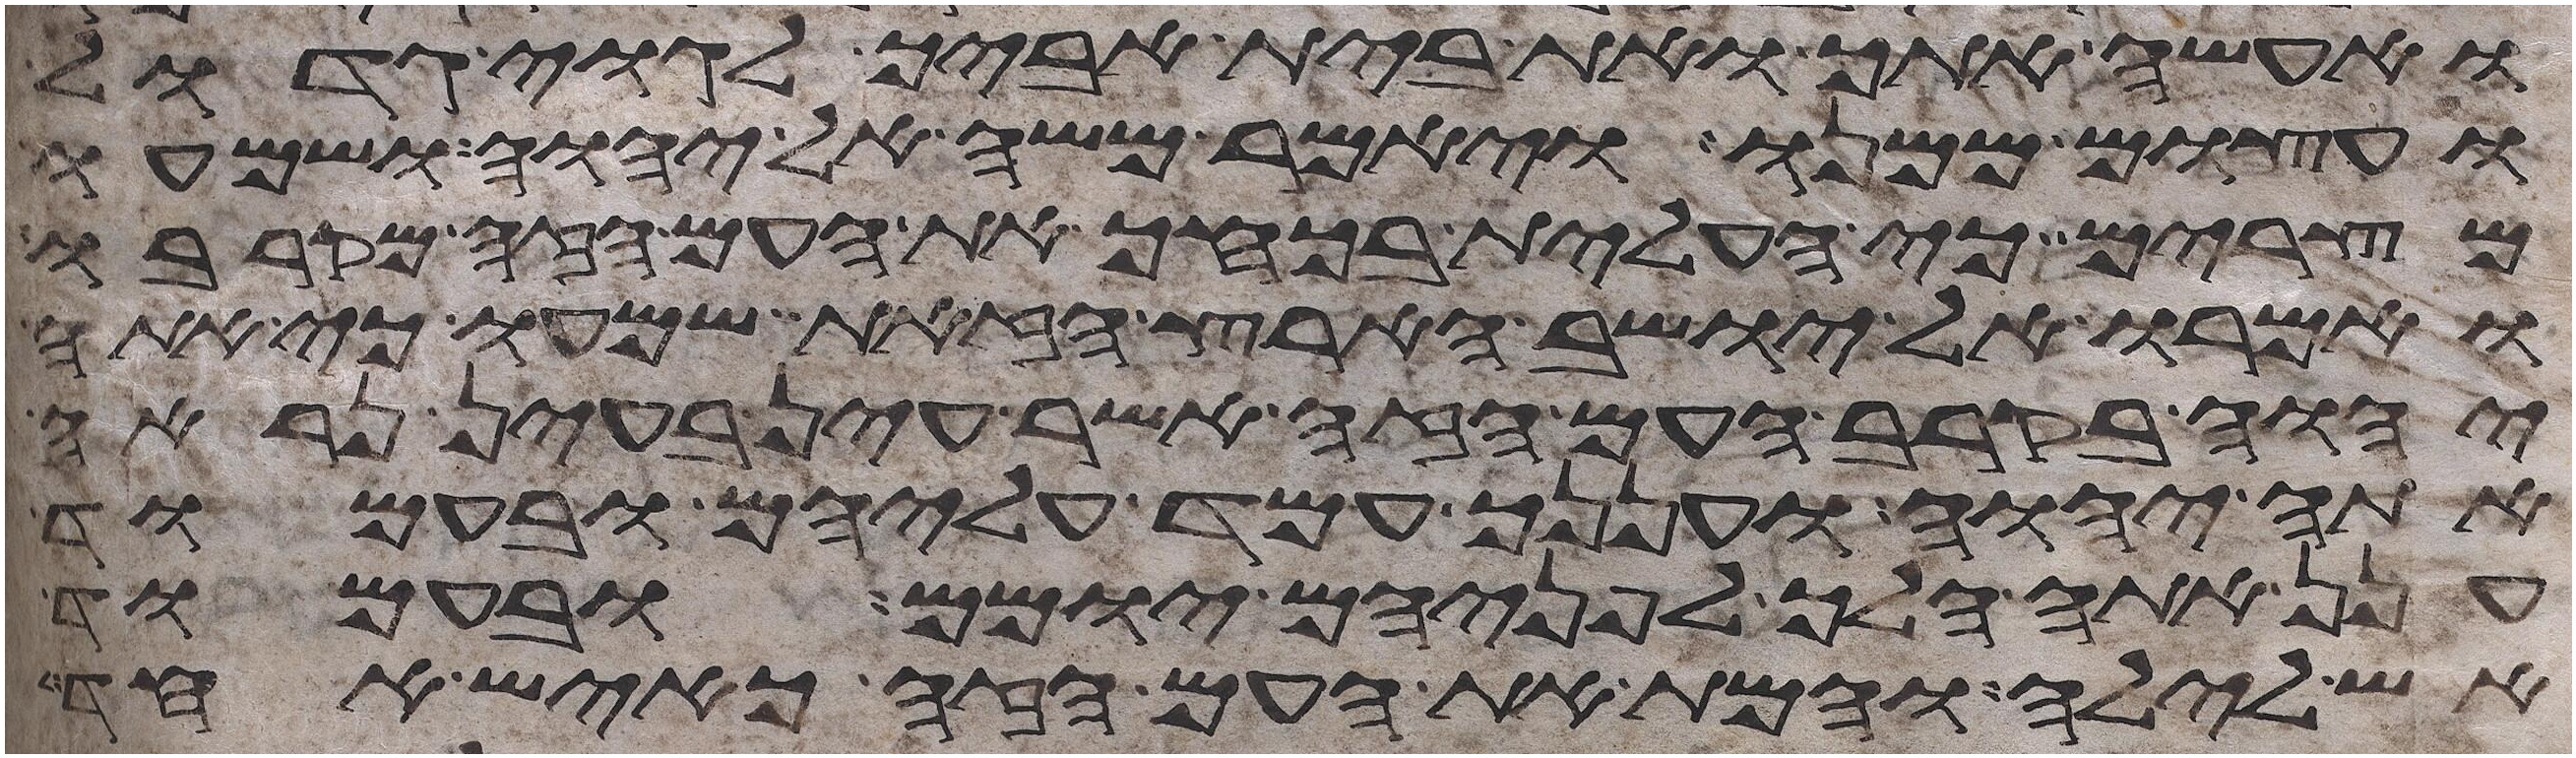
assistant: ואעשה אתך ואת בית אביך לגוי גדול
ועצום ממנו ויאמר משה אל יהוה ושמעו
מצרים כי העלית בכחך את העם הזה מקרבו
ואמרו אל יושב הארץ הזאת שמעו כי אתה
יהוה בקרב העם הזה אשר עין בעין נראה
אתה יהוה ועננך עמד עליהם ובעמוד
ענן אתה הלך לפניהם יומם ובעמוד
אש לילה והמת את העם הזה כאיש אחד